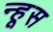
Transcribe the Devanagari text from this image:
न्हूस